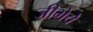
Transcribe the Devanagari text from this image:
जीभेचे